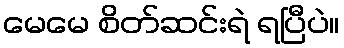
မေမေ စိတ်ဆင်းရဲ ရပြီပဲ။